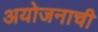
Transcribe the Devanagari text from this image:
अयोजनाची